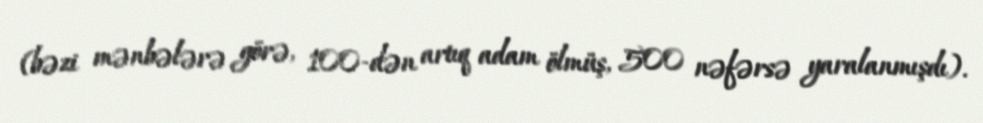
(bəzi mənbələrə görə, 100-dən artıq adam ölmüş, 500 nəfərsə yaralanmışdı).